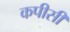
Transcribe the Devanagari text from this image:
कपीसी